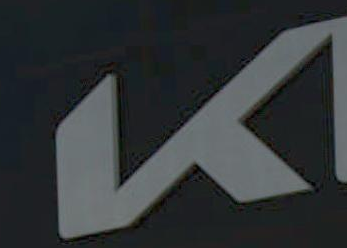
K